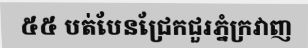
៥៥ បត់បែនជ្រែកជួរភ្នំក្រវាញ